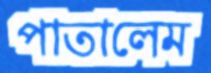
পাতালেম